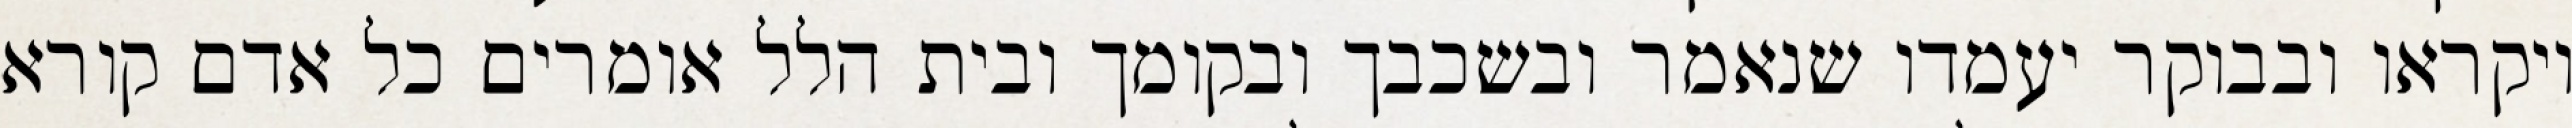
ויקראו ובבוקר יעמדו שנאמר ובשכבך ובקומך ובית הלל אומרים כל אדם קורא